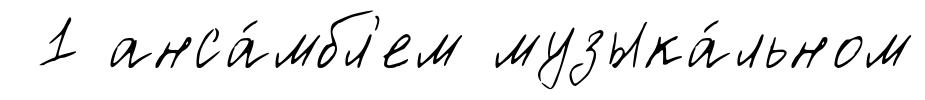
1 анса́мбл'ем музыка́льном